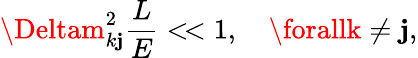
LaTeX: \Deltam_{k\mathbf{j}}^{2}\frac{{L}}{{E}}<\! <1,\quad\forallk\neq\mathbf{j},